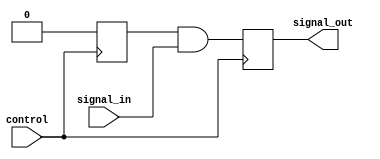
module Transmission_Gate_Delay (
    input wire signal_in,
    output reg signal_out,
    input wire control
);

reg transmission_gate;

always @ (posedge control) begin
    transmission_gate <= 1'b1;
    #10; // Adjust the delay based on specific timing requirements
    transmission_gate <= 1'b0;
    signal_out <= transmission_gate & signal_in;
end

endmodule